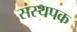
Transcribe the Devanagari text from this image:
संस्थपक